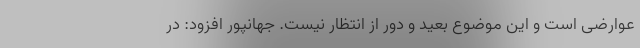
عوارضی است و این موضوع بعید و دور از انتظار نیست. جهانپور افزود: در